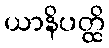
ယာနိပတ္ထိ